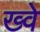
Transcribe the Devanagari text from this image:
ख्वे